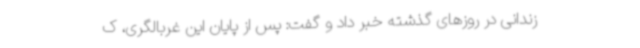
زندانی در روزهای گذشته خبر داد و گفت: پس از پایان این غربالگری، ک